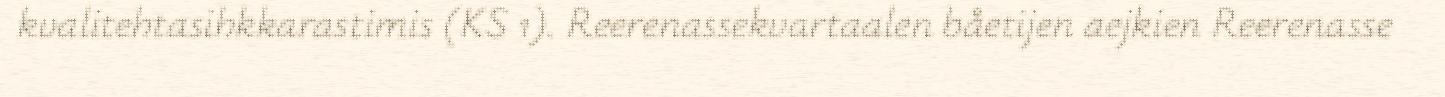
kvalitehtasihkkarastimis (KS 1). Reerenassekvartaalen båetijen aejkien Reerenasse